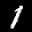
Label: 1